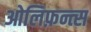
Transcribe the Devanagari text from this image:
ओलिफ़न्त्स